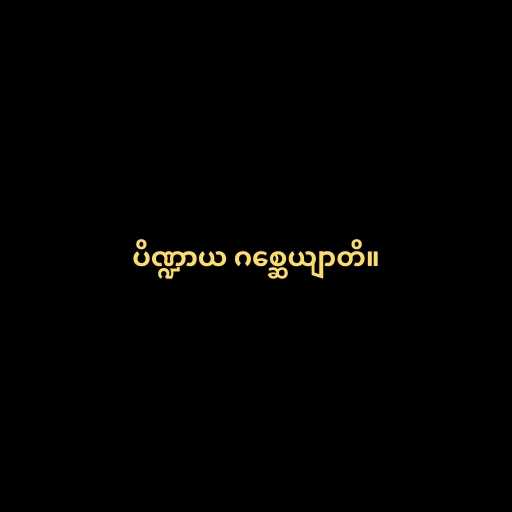
ပိဏ္ဍာယ ဂစ္ဆေယျာတိ။